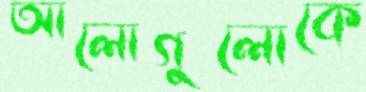
আলোগুলোকে